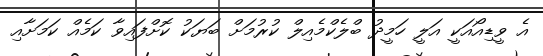
އެ ވީޑިއޯއަކީ އަލީ ހަމީދު ބްލެކްމެއިލް ކުރުމަށް ބަޔަކު ކޮށްފައިވާ ކަމެއް ކަމަށާއި